Medical and sanitary report of the native army of Bengal for the year
Year: 1876
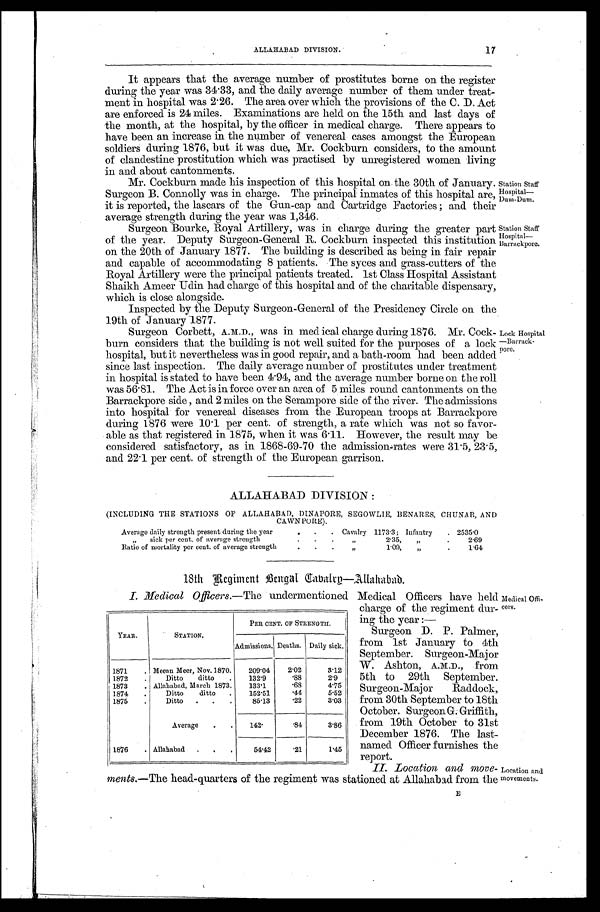
Station Staff
Hospital—
Dum-Dum.
Station Staff
Hospital—
Barrackpore.
ALLAHABAD
DIVISION.
17
It appears that the average number of prostitutes borne on the register
during the year was 34.33, and the daily average number of them under treat
-ment in hospital was 2.26. The area over which the provisions of the C. D. Act
are enforced is 24 miles. Examinations are held on the 15th and last days of
the month, at the hospital, by the officer in medical charge. There appears to
have been an increase in the number of venereal cases amongst the European
soldiers during 1876, but it was due, Mr. Cockburn considers, to the amount
of clandestine prostitution which was practised by unregistered women living
in and about cantonments.
Mr. Cockburn made his inspection of this hospital on the 30th of January.
Surgeon B. Connolly was in charge. The principal inmates of this hospital are,
it is reported, the lascars of the Gun-cap and Cartridge Factories ; and their
average strength during the year was 1,346.
Surgeon Bourke, Royal Artillery, was in charge during the greater part
of the year. Deputy Surgeon-General R. Cockburn inspected this institution
on the 20th of January 1877. The building is described as being in fair repair
and capable of accommodating 8 patients. The syces and grass-cutters of the
Royal Artillery were the principal patients treated. 1st Class Hospital Assistant
Shaikh Ameer Udin had charge of this hospital and of the charitable dispensary,
which is close alongside.
Inspected by the Deputy Surgeon-General of the Presidency Circle on the
19th of January 1877.
Surgeon Corbett, A.M.D., was in medical charge during 1876. Mr. Cock
-burn considers that the building is not well suited for the purposes of a lock
hospital, but it nevertheless was in good repair, and a bath-room had been added
since last inspection. The daily average number of prostitutes under treatment
in hospital is stated to have been 4.94, and the average number borne on the roll
was 56.81. The Act is in force over an area of 5 miles round cantonments on the
Barrackpore side, and 2 miles on the Serampore side of the river. The admissions
into hospital for venereal diseases from the European troops at Barrackpore
during 1876 were 10.1 per cent. of strength, a rate which was not so favor
-able as that registered in 1875, when it was 6.11. However, the result may be
considered satisfactory, as in 1868-69-70 the admission-rates were 31.5, 23.5,
and 22.1 per cent. of strength of the European garrison.
Lock Hospital
—Barrack-
pore.
ALLAHABAD DIVISION :
(INCLUDING THE STATIONS OF ALLAHABAD, DINAPORE, SEGOWLIE, BENARES, CHUNAR, AND
CAWN PORE).
Average daily strength present during the year .
.
. Cabalry 1173.3 ; Infantry
. 2535.0
„ sick per cent. of average strength
. . .
„
2.35,
„
.
2.69
Ratio of mortality per cent. of average strength.
.
.
„
1.09,
„
.
1.64
18th Regiment Bengal Cavalry—Allahabad.
I. Medical Officers. —The undermentioned Medical Officers have held Medical Of
fi-cers.
YEAR.
STATION.
PER CENT. OF STRENGTH.
Admissions. Deaths. Daily sick.
1871
. Meean Meer, Nov.1870
.
209.04
2.02
3.12
1872
.
Ditto
ditto
.
132.9
.88
2.9
1873
. Allahabad, March 1873
.
133.1
.68
4.75
1874
.
Ditto
ditto
.
152.51
.44
5.52
1875
.
Ditto
.
.
.
85.13
.22
3.03
Average
.
.
142.
.84
3.86
1876
. Allahabad
.
.
.
54.42
.21
1.45
charge of the regiment dur
-ing the year :—
Surgeon D. P. Palmer,
from 1st January to 4th
September. Surgeon-Major
W. Ashton, A.M.D., from
5th to 29th September.
Surgeon-Major Raddock,
from 30th September to 18th
October. Surgeon G. Griffith,
from 19th October to 31st
December 1876. The last-
named Officer furnishes the
report.
II.
Location
and
move
-ments.—The head-quarters of the regiment was stationed at Allahabad from the
Location and
movements.